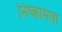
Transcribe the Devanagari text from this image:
निष्कामता